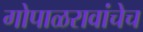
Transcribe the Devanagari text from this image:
गोपाळरावांचेच